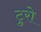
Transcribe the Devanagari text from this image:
ट्रुरो